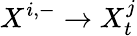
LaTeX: X^{i,-}\rightarrow X_{t}^{j}